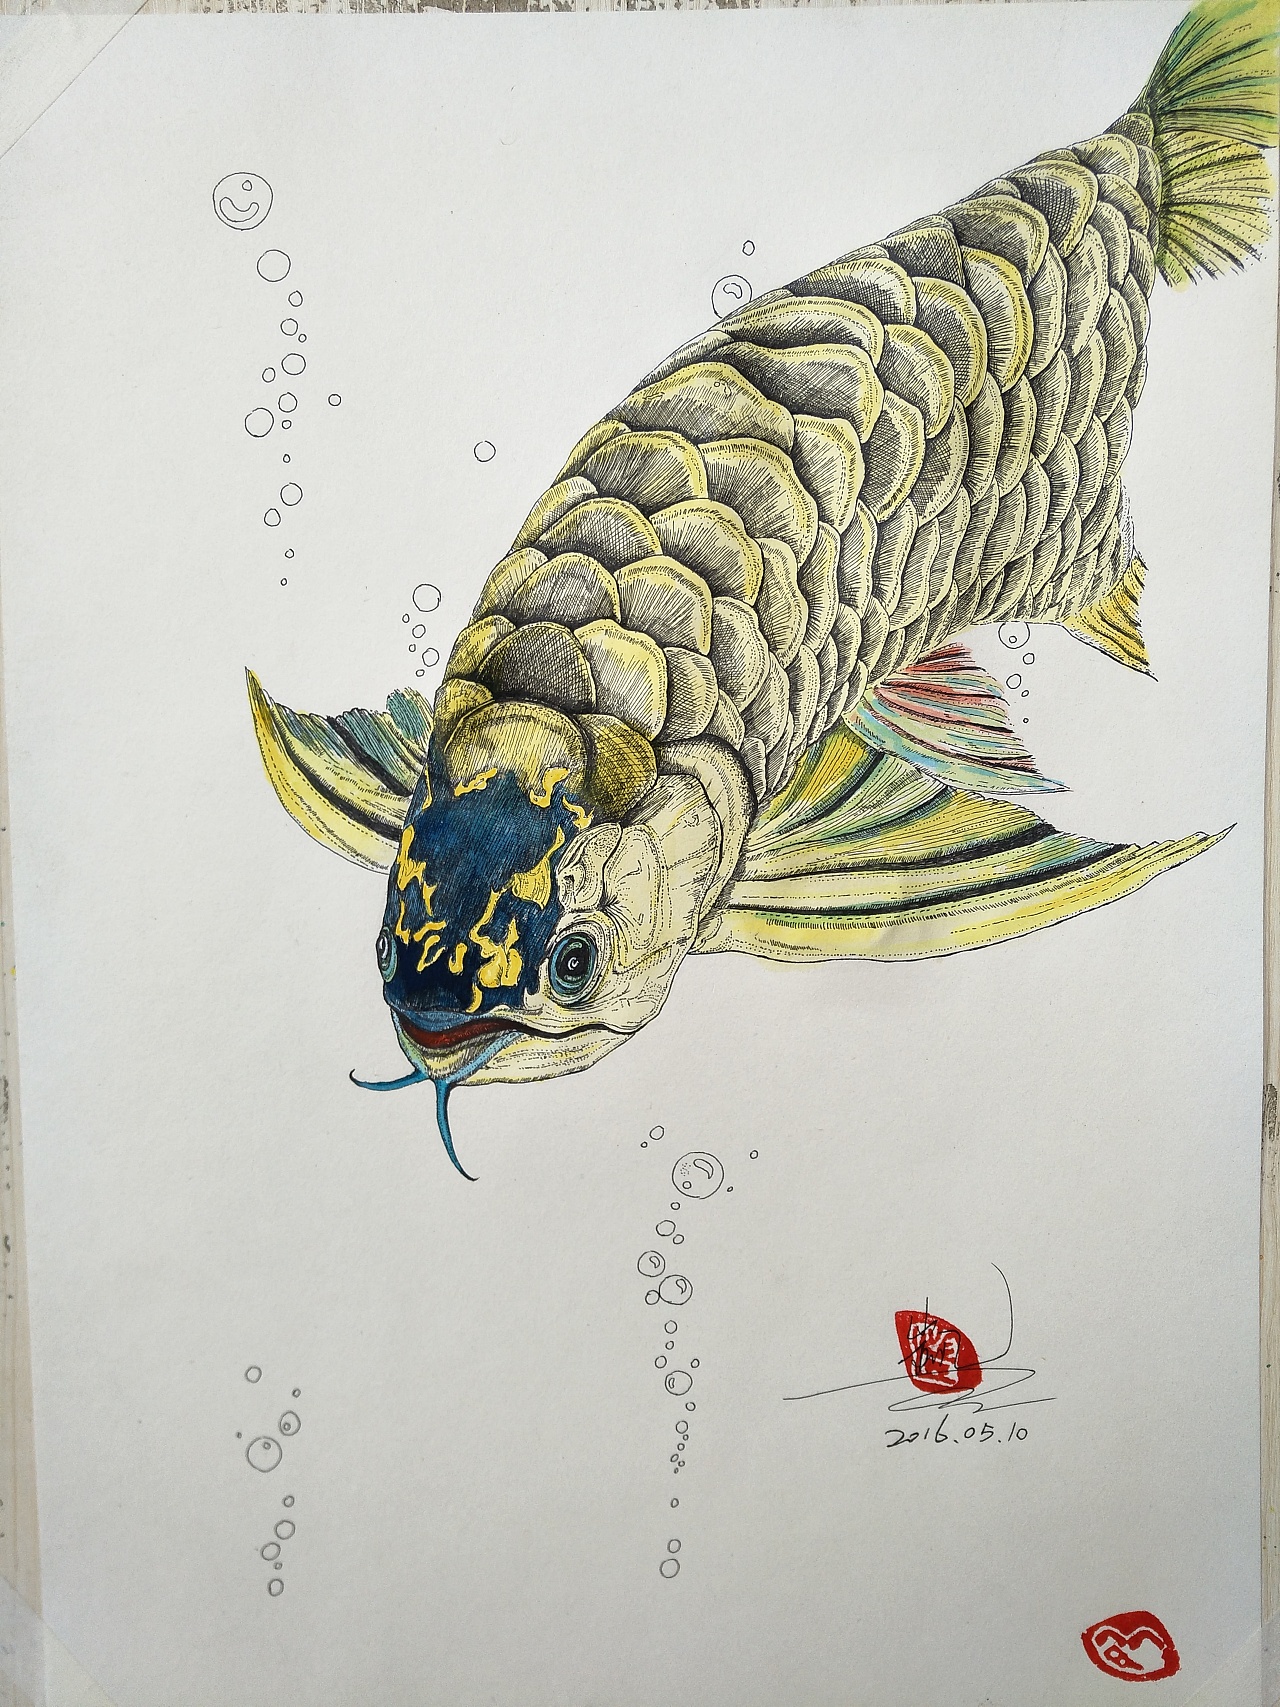
湘江千岁未为陵，水底鱼龙应识字。